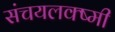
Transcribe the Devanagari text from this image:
संचयलक्ष्मी